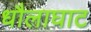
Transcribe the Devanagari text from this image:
धौलाघाट